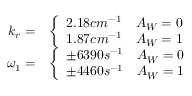
\begin{array} { r l } { k _ { r } = } & { \left\{ \begin{array} { l l } { 2 . 1 8 c m ^ { - 1 } } & { A _ { W } = 0 } \\ { 1 . 8 7 c m ^ { - 1 } } & { A _ { W } = 1 } \end{array} \right. } \\ { \omega _ { 1 } = } & { \left\{ \begin{array} { l l } { \pm 6 3 9 0 s ^ { - 1 } } & { A _ { W } = 0 } \\ { \pm 4 4 6 0 s ^ { - 1 } } & { A _ { W } = 1 } \end{array} \right. } \end{array}